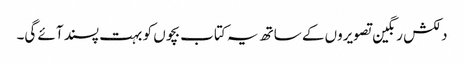
دلکش رنگین تصویروں کے ساتھ یہ کتاب بچوں کو بہت پسند آئے گی۔